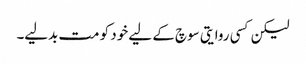
لیکن کسی روایتی سوچ کے لیے خود کو مت بدلیے۔